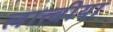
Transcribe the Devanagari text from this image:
लात्वीया